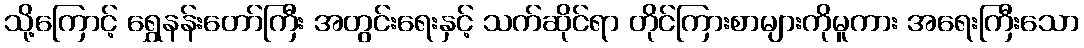
သို့ကြောင့် ရွှေနန်းတော်ကြီး အတွင်းရေးနှင့် သက်ဆိုင်ရာ တိုင်ကြားစာများကိုမူကား အရေးကြီးသော